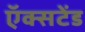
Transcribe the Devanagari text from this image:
ऍक्सटेंड